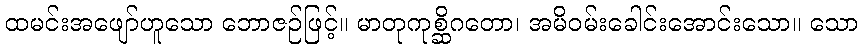
ထမင်းအဖျော်ဟူသော ဘောဇဉ်ဖြင့်။ မာတုကုစ္ဆိဂတော၊ အမိဝမ်းခေါင်းအောင်းသော။ သော